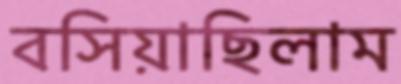
বসিয়াছিলাম